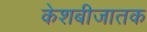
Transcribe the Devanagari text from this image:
केशबीजातक